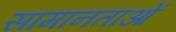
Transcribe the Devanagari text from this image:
सामानताओं